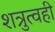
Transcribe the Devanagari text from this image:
शत्रुत्वही